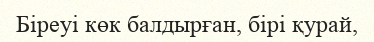
Біреуі көк балдырған, бірі қурай,